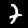
Digit: 7